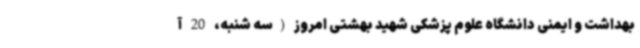
بهداشت و ایمنی دانشگاه علوم پزشکی شهید بهشتی امروز (سه شنبه، 20 آ